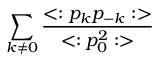
\sum _ { k \neq 0 } { \frac { < : p _ { k } p _ { - k } : > } { < : p _ { 0 } ^ { 2 } : > } }